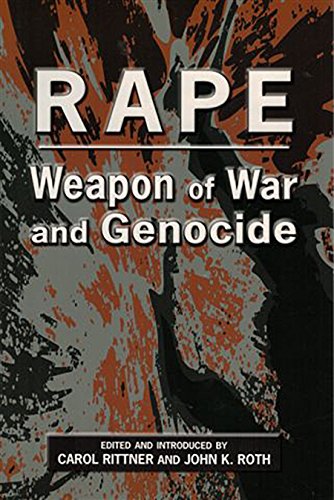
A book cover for Rape: Weapon of War and Genocide; Carol Rittner; Politics & Social Sciences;